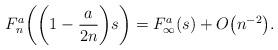
LaTeX: \begin{align*} F_n^a \biggl( \biggl(1-\frac{a}{2n}\biggr)s \biggr) = F_\infty^a(s) + O\bigl(n^{-2}\bigr).\end{align*}